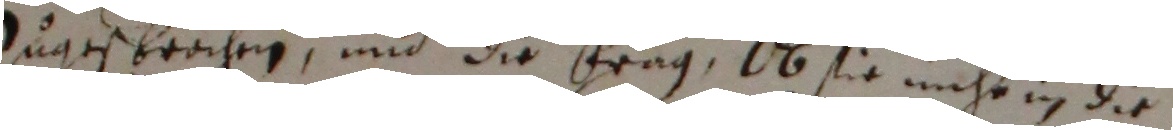
zugesprochen und die frag, ob sie nicht in die